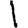
Digit: 1